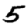
Digit: 5